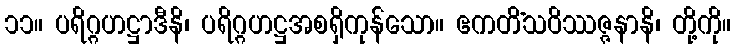
၁၁။ ပရိဂ္ဂဟဋ္ဌာဒီနိ၊ ပရိဂ္ဂဟဋ္ဌအစရှိကုန်သော။ ဧကတိံသဝိဿဇ္ဇနာနိ၊ တို့ကို။